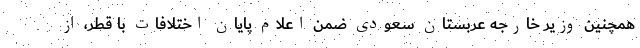
همچنین وزیر خارجه عربستان سعودی ضمن اعلام پایان اختلافات با قطر، از